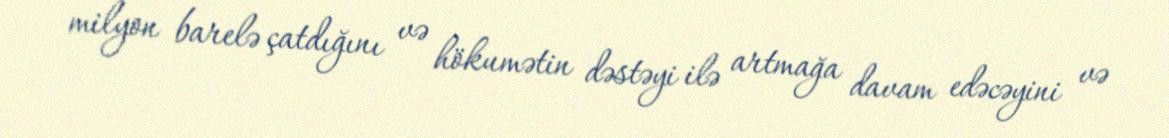
milyon barelə çatdığını və hökumətin dəstəyi ilə artmağa davam edəcəyini və